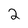
Character: 2